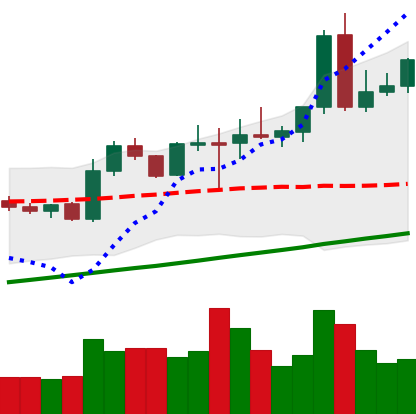
Ticker: NEO-USD
Chart end date: 2020-08-05
Forward return: 12.416%
Label: up_7plus